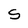
Character: S